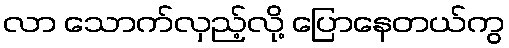
လာ သောက်လှည့်လို့ ပြောနေတယ်ကွ